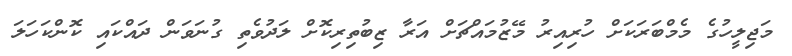
މަޖިލީހުގެ މެމްބަރަކަށް ހުރިއިރު މޭޒުމައްޗަށް އަރާ ޒިބުތިރިކޮށް ލަދުވެތި ގުނަވަން ދައްކައި ކޮންކަހަލަ